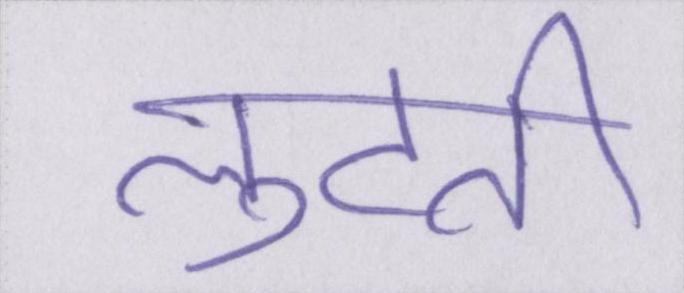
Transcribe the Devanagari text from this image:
लुटती